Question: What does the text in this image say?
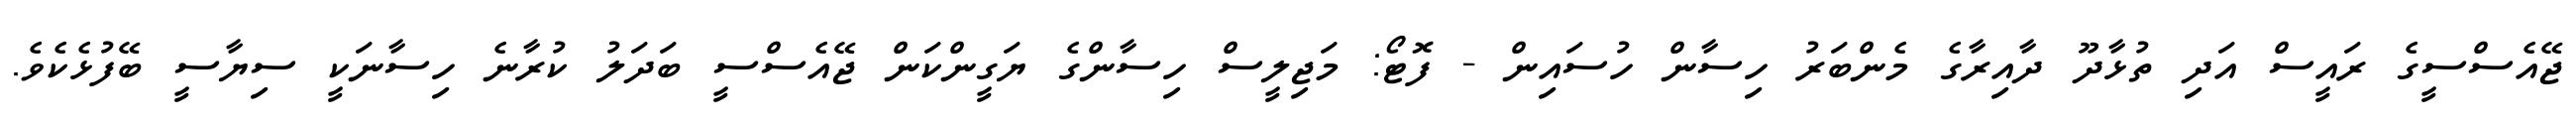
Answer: ޖޭއެސްސީގެ ރައީސް އަދި ތުޅާދޫ ދާއިރާގެ މެންބަރު ހިސާން ހުސައިން - ފޮޓޯ: މަޖިލީސް ހިސާންގެ ޔަގީންކަން ޖޭއެސްސީ ބަދަލު ކުރާނެ ހިސާނަކީ ސިޔާސީ ބޭފުޅެކެވެ.